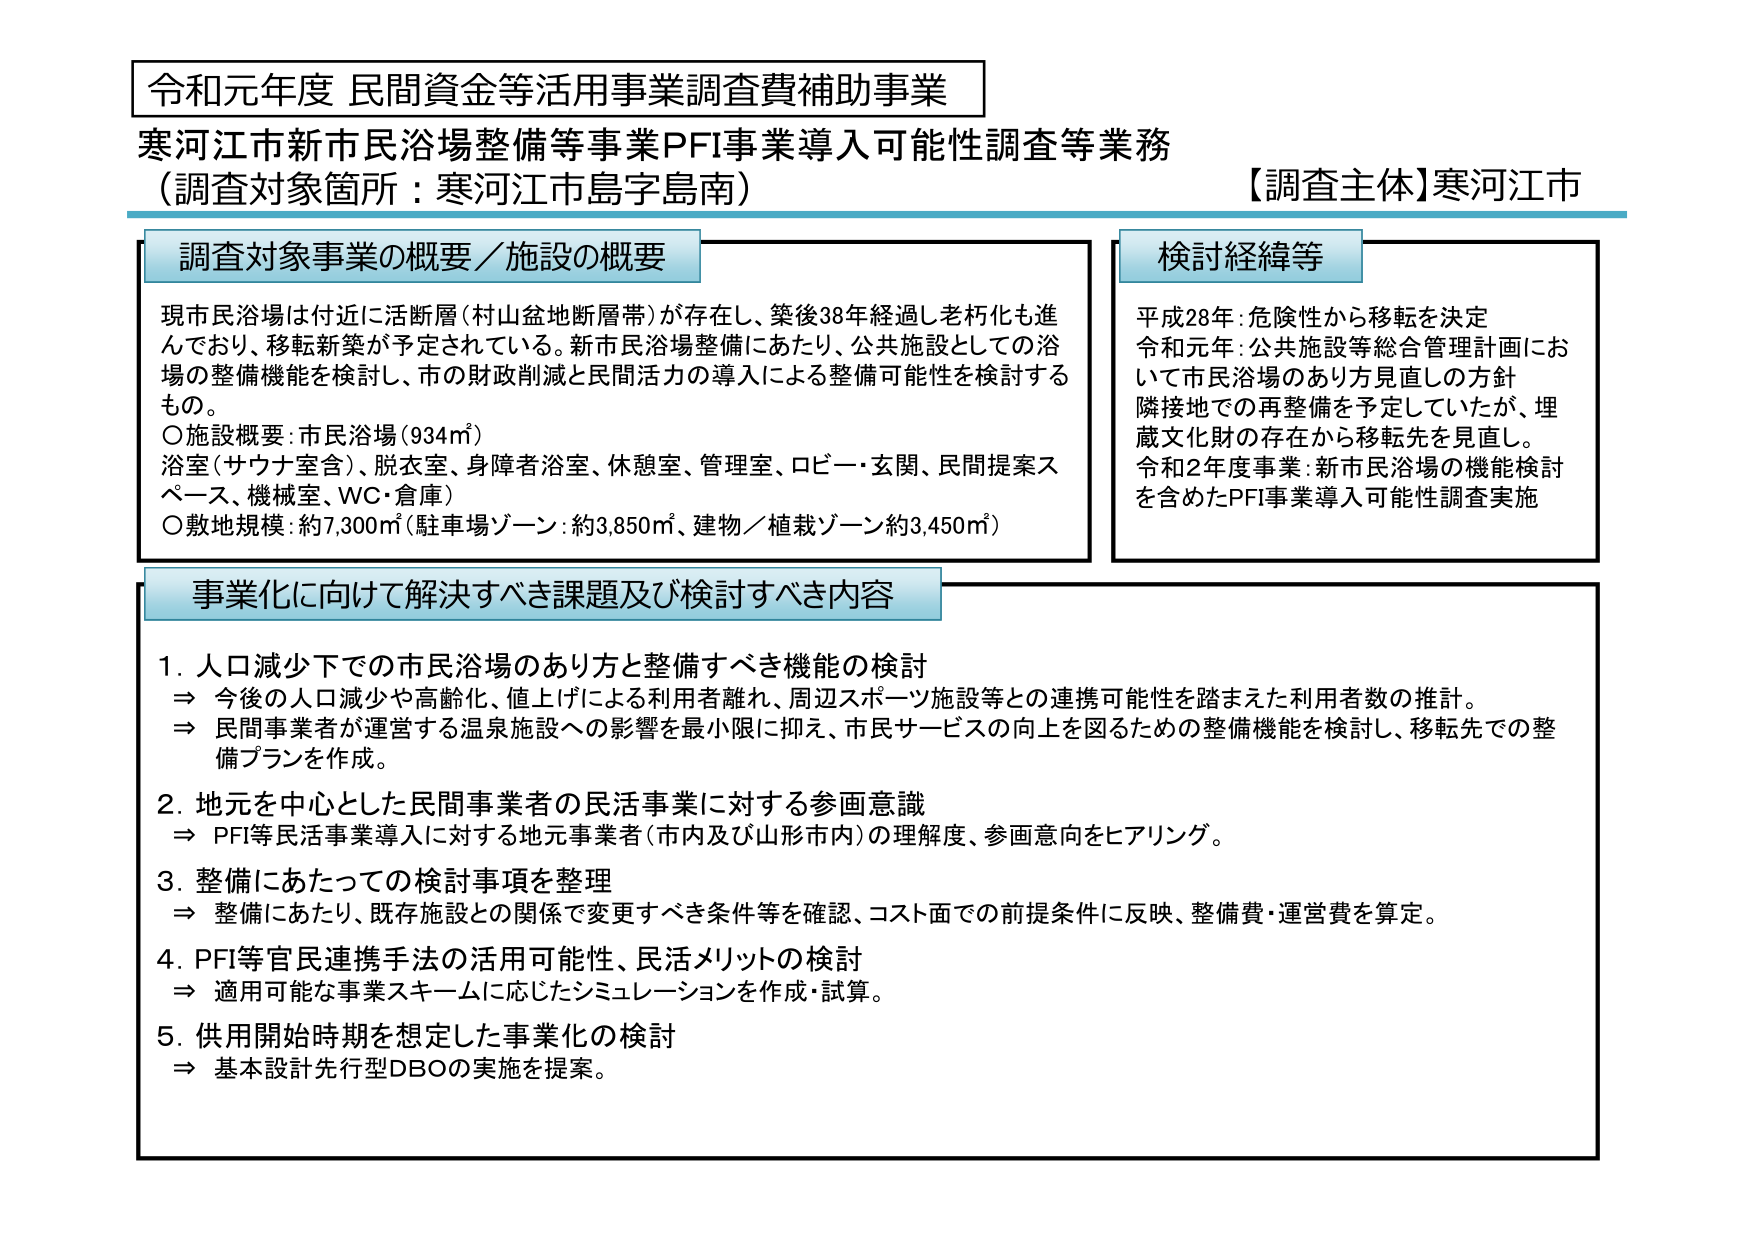
令和元年度 民間資金等活用事業調査費補助事業
寒河江市新市民浴場整備等事業PFI事業導入可能性調査等業務
（調査対象箇所：寒河江市島字島南）
【調査主体】寒河江市

調査対象事業の概要／施設の概要
現市民浴場は付近に活断層（村山盆地断層帯）が存在し、築後38年経過し老朽化も進んでおり、移転新築が予定されている。新市民浴場整備にあたり、公共施設としての浴場の整備機能を検討し、市の財政削減と民間活力の導入による整備可能性を検討するもの。
○施設概要：市民浴場（934㎡）
浴室（サウナ室含）、脱衣室、身障者浴室、休憩室、管理室、ロビー・玄関、民間提案スペース、機械室、WC・倉庫）
○敷地規模：約7,300㎡（駐車場ゾーン：約3,850㎡、建物／植栽ゾーン約3,450㎡）

検討経緯等
平成28年：危険性から移転を決定
令和元年：公共施設等総合管理計画において市民浴場のあり方見直しの方針
隣接地での再整備を予定していたが、埋蔵文化財の存在から移転先を見直し。
令和2年度事業：新市民浴場の機能検討を含めたPFI事業導入可能性調査実施

事業化に向けて解決すべき課題及び検討すべき内容
1. 人口減少下での市民浴場のあり方と整備すべき機能の検討
⇒ 今後の人口減少や高齢化、値上げによる利用者離れ、周辺スポーツ施設等との連携可能性を踏まえた利用者数の推計。
⇒ 民間事業者が運営する温泉施設への影響を最小限に抑え、市民サービスの向上を図るための整備機能を検討し、移転先での整備プランを作成。
2. 地元を中心とした民間事業者の民活事業に対する参画意識
⇒ PFI等民活事業導入に対する地元事業者（市内及び山形市内）の理解度、参画意向をヒアリング。
3. 整備にあたっての検討事項を整理
⇒ 整備にあたり、既存施設との関係で変更すべき条件等を確認、コスト面での前提条件に反映、整備費・運営費を算定。
4. PFI等官民連携手法の活用可能性、民活メリットの検討
⇒ 適用可能な事業スキームに応じたシミュレーションを作成・試算。
5. 供用開始時期を想定した事業化の検討
⇒ 基本設計先行型DBOの実施を提案。